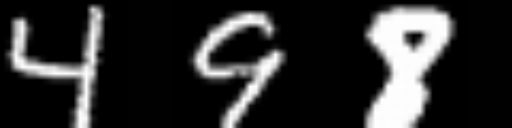
Text: 498